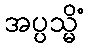
အပ္ပသ္မိံ